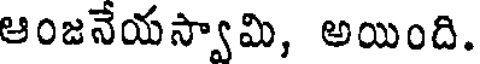
ఆంజనేయస్వామి, అయింది.